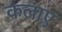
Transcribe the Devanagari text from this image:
कलाए